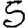
Digit: 5